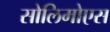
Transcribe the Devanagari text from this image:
सोलिमोएस